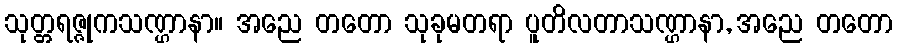
သုတ္တရဇ္ဇုကသဏ္ဌာနာ။ အညေ တတော သုခုမတရာ ပူတိလတာသဏ္ဌာနာ, အညေ တတော